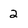
Character: 2